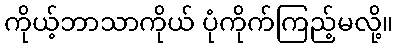
ကိုယ့်ဘာသာကိုယ် ပုံကိုက်ကြည့်မလို့။